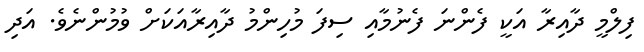
ފިލްމީ ދާއިރާ އަކީ ފެންނަ ފެނުމާއި ސިފަ މުހިންމު ދާއިރާއަކަށް ވުމުންނެވެ. އަދި